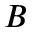
B